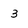
Character: 3